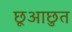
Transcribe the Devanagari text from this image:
छूआछुत